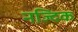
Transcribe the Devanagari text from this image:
नज्दिक